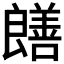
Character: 𫅞